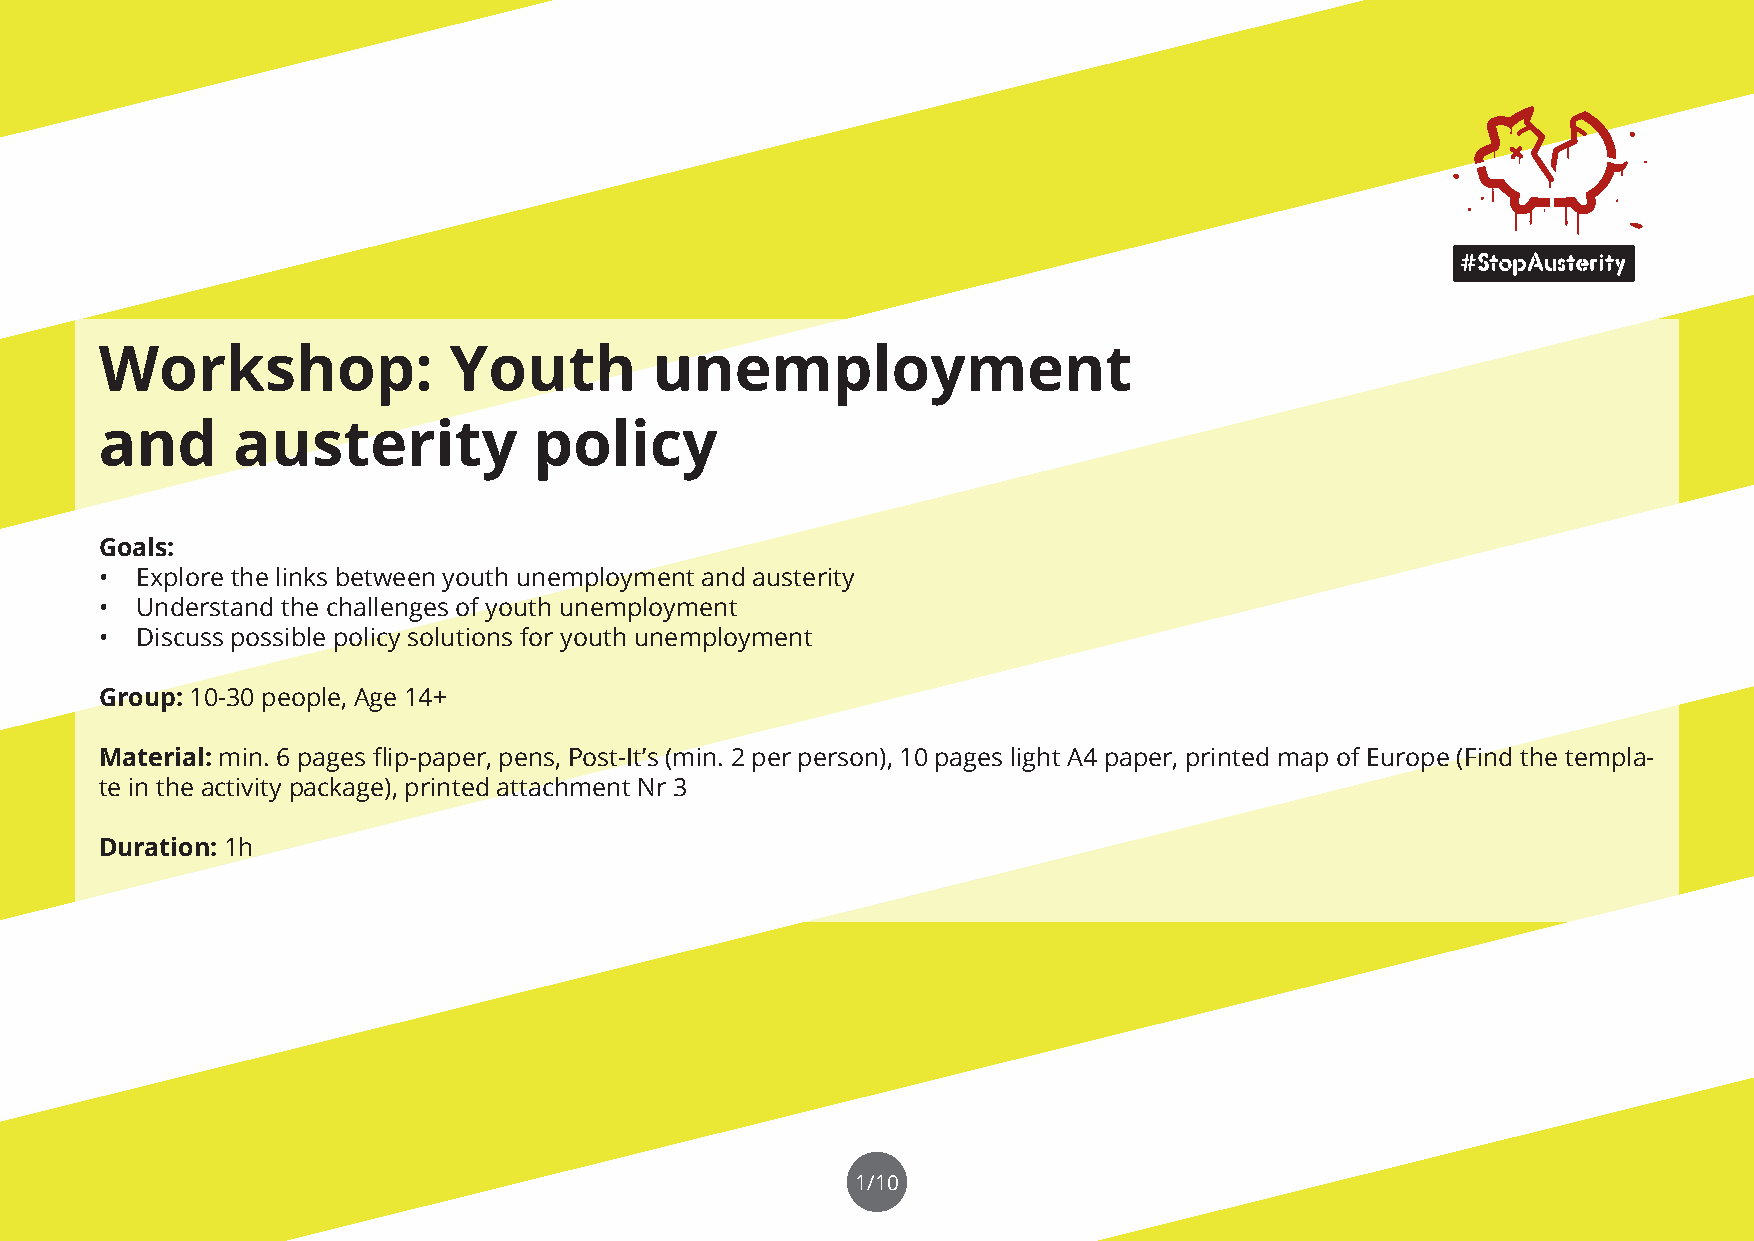
Workshop:              Youth        unemployment
 and     austerity           policy
 Goals:
 • Explore the links between youth unemployment and austerity
 • Understand the challenges of youth unemployment
 • Discuss possible policy solutions for youth unemployment
 Group: 10-30 people, Age 14+
 Material: min. 6 pages flip-paper, pens, Post-It’s (min. 2 per person), 10 pages light A4 paper, printed map of Europe (Find the templa-
 te in the activity package), printed attachment Nr 3
 Duration: 1h
 1/10